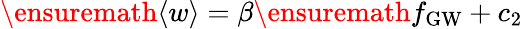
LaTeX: \ensuremath{\langle w\rangle}=\beta\ensuremath{f_{\mathrm{GW}}}+c_{2}